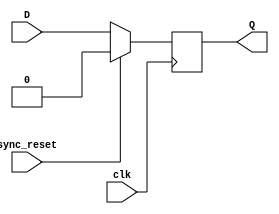
module FallingEdge_DFlipFlop_SyncResetHigh(D,clk,sync_reset,Q);
	input D; // Data input 
	input clk; // clock input 
	input sync_reset; // synchronous reset 
	output reg Q; // output Q 
	always @(negedge clk) begin
		if(sync_reset==1'b1)
			Q <= 1'b0; 
		else 
			Q <= D; 
	end 
endmodule